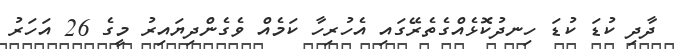
ދާދި ކުޑަ ކުޑަ ހިނދުކޮޅެއްގެތެރޭގައި އެހުރިހާ ކަމެއް ވެގެންދިޔައިރު މީގެ 26 އަހަރު